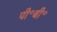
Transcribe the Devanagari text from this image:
पी॰बी॰